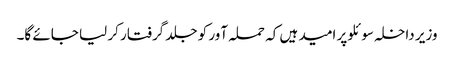
وزیر داخلہ سوئلو پر امید ہیں کہ حملہ آور کو جلد گرفتار کر لیا جائے گا۔